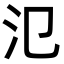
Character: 氾